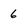
Character: 6